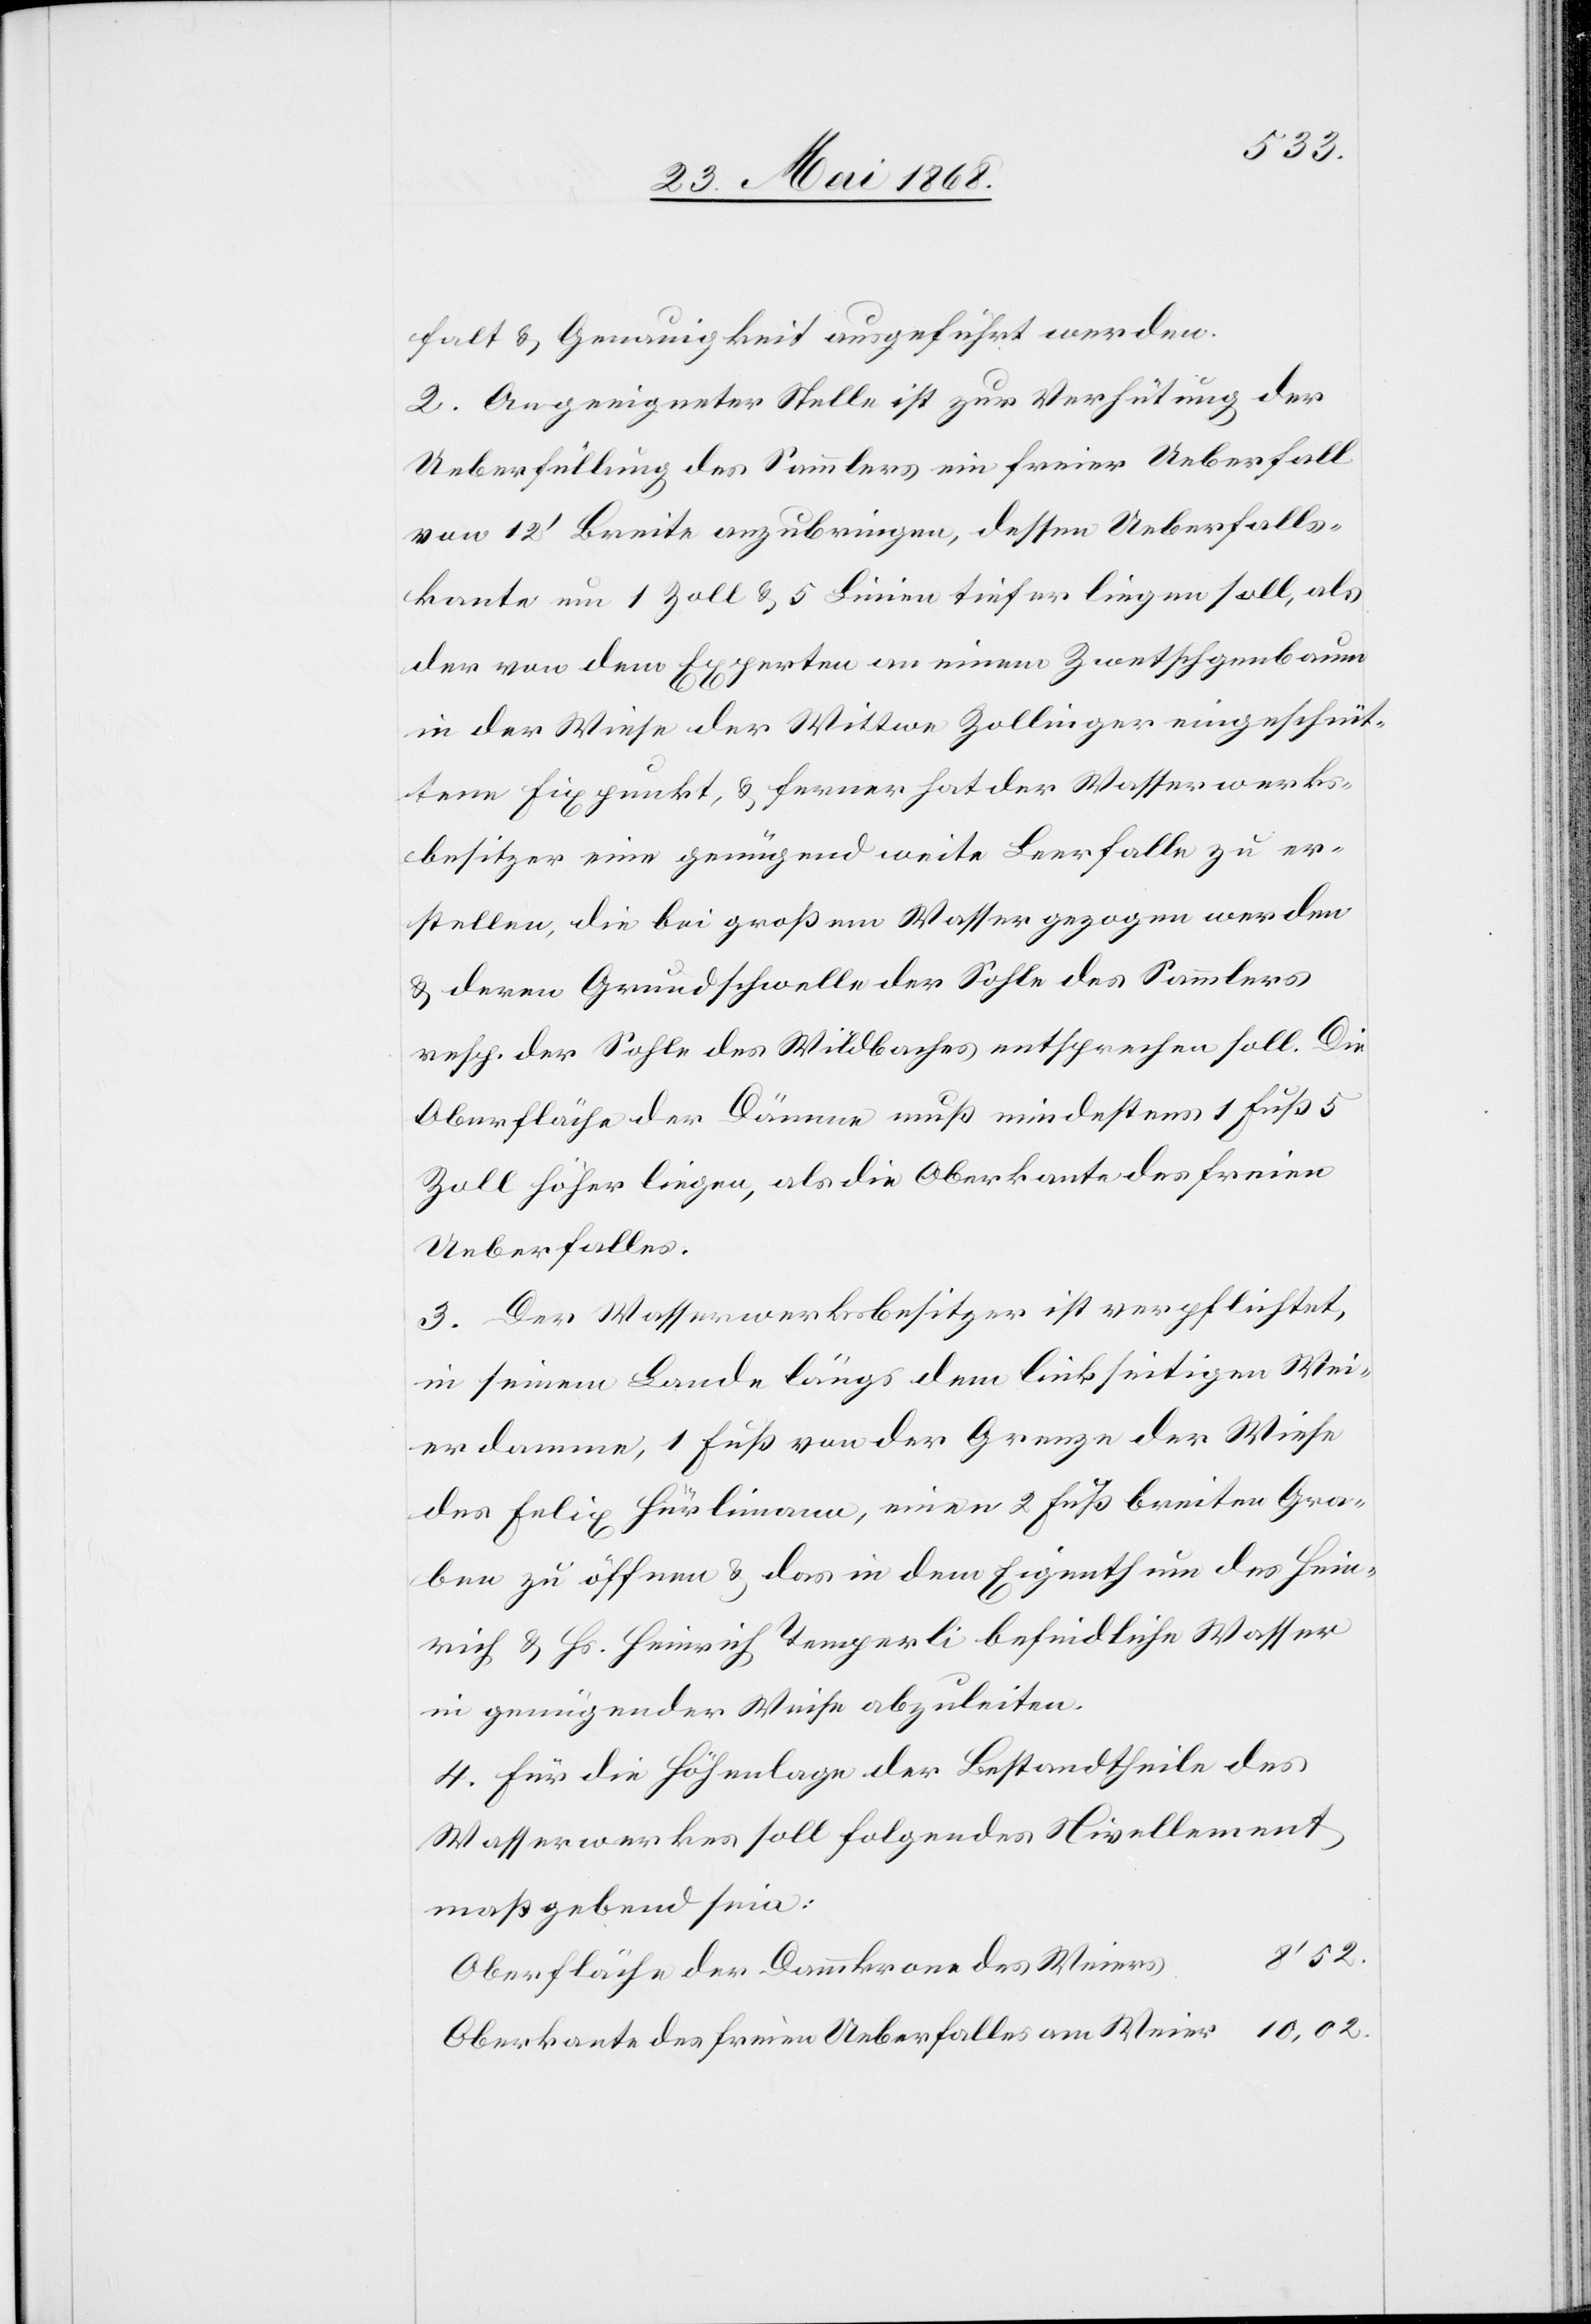
falt & Genauigkeit ausgeführt werden.
2. An geeigneter Stelle ist zur Verhütung der
Ueberfüllung des Sammlers ein freier Ueberfall
von 12‘ Breite anzubringen, dessen Ueberfalls¬
kante um 1 Zoll & 5 Linien tiefer liegen soll, als
der von dem Experten an einem Zwetschgenbaum
in der Wiese der Wittwe Zollinger eingeschnit¬
tene Fixpunkt, & ferner hat der Wasserwerks¬
besitzer eine genügend weite Leerfalle zu er¬
stellen, die bei großem Wasser gezogen werden
& deren Grundschwelle der Sohle des Sammlers
resp. der Sohle des Wildbaches entsprechen soll. Die
Oberfläche der Dämme muß mindestens 1 Fuß 5
Zoll höher liegen, als die Oberkante des freien
Ueberfalles.
3. Der Wasserwerksbesitzer ist verpflichtet,
in seinem Lande längs dem linkseitigen Wei¬
erdamme, 1 Fuß von der Grenze der Wiese
des Felix Hürlimann, einen 2 Fuß breiten Gra¬
ben zu öffnen & das in dem Eigenthum des Hein¬
rich & Hs. Heinrich Temperli befindliche Wasser
in genügender Weise abzuleiten.
4. Für die Höhenlage der Bestandtheile des
Wasserwerkes soll folgendes Nivellement
maßgebend sein:
10,02.
Oberfläche der Dammkrone des Weiers
Oberkante des freien Ueberfalles am Weier